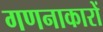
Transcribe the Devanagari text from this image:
गणनाकारों